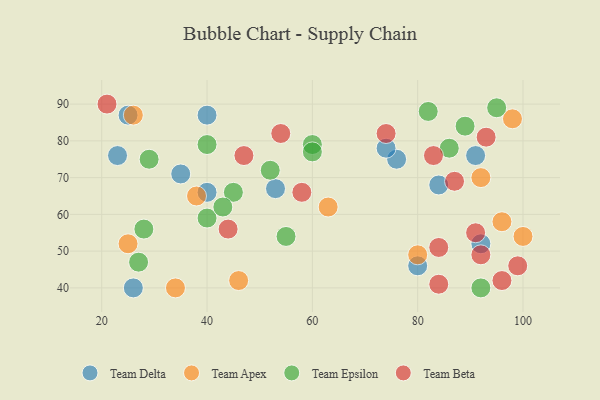
{"axis": {"x": "GDP", "y": "Life Expectancy"}, "legend": ["Team Apex", "Team Beta", "Team Delta", "Team Epsilon"], "data": [{"x": "80", "y": 46, "type": "Team Delta"}, {"x": "84", "y": 68, "type": "Team Delta"}, {"x": "91", "y": 76, "type": "Team Delta"}, {"x": "35", "y": 71, "type": "Team Delta"}, {"x": "40", "y": 66, "type": "Team Delta"}, {"x": "40", "y": 87, "type": "Team Delta"}, {"x": "76", "y": 75, "type": "Team Delta"}, {"x": "74", "y": 78, "type": "Team Delta"}, {"x": "23", "y": 76, "type": "Team Delta"}, {"x": "92", "y": 52, "type": "Team Delta"}, {"x": "53", "y": 67, "type": "Team Delta"}, {"x": "26", "y": 40, "type": "Team Delta"}, {"x": "25", "y": 87, "type": "Team Delta"}, {"x": "38", "y": 65, "type": "Team Apex"}, {"x": "46", "y": 42, "type": "Team Apex"}, {"x": "26", "y": 87, "type": "Team Apex"}, {"x": "96", "y": 58, "type": "Team Apex"}, {"x": "92", "y": 70, "type": "Team Apex"}, {"x": "25", "y": 52, "type": "Team Apex"}, {"x": "34", "y": 40, "type": "Team Apex"}, {"x": "80", "y": 49, "type": "Team Apex"}, {"x": "63", "y": 62, "type": "Team Apex"}, {"x": "100", "y": 54, "type": "Team Apex"}, {"x": "98", "y": 86, "type": "Team Apex"}, {"x": "45", "y": 66, "type": "Team Epsilon"}, {"x": "29", "y": 75, "type": "Team Epsilon"}, {"x": "89", "y": 84, "type": "Team Epsilon"}, {"x": "86", "y": 78, "type": "Team Epsilon"}, {"x": "92", "y": 40, "type": "Team Epsilon"}, {"x": "82", "y": 88, "type": "Team Epsilon"}, {"x": "40", "y": 59, "type": "Team Epsilon"}, {"x": "43", "y": 62, "type": "Team Epsilon"}, {"x": "55", "y": 54, "type": "Team Epsilon"}, {"x": "28", "y": 56, "type": "Team Epsilon"}, {"x": "60", "y": 79, "type": "Team Epsilon"}, {"x": "60", "y": 77, "type": "Team Epsilon"}, {"x": "52", "y": 72, "type": "Team Epsilon"}, {"x": "95", "y": 89, "type": "Team Epsilon"}, {"x": "27", "y": 47, "type": "Team Epsilon"}, {"x": "40", "y": 79, "type": "Team Epsilon"}, {"x": "44", "y": 56, "type": "Team Beta"}, {"x": "91", "y": 55, "type": "Team Beta"}, {"x": "96", "y": 42, "type": "Team Beta"}, {"x": "84", "y": 41, "type": "Team Beta"}, {"x": "92", "y": 49, "type": "Team Beta"}, {"x": "87", "y": 69, "type": "Team Beta"}, {"x": "47", "y": 76, "type": "Team Beta"}, {"x": "84", "y": 51, "type": "Team Beta"}, {"x": "93", "y": 81, "type": "Team Beta"}, {"x": "21", "y": 90, "type": "Team Beta"}, {"x": "74", "y": 82, "type": "Team Beta"}, {"x": "99", "y": 46, "type": "Team Beta"}, {"x": "54", "y": 82, "type": "Team Beta"}, {"x": "58", "y": 66, "type": "Team Beta"}, {"x": "83", "y": 76, "type": "Team Beta"}]}